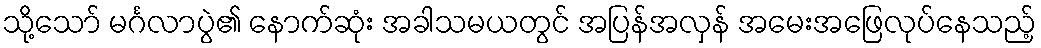
သို့သော် မင်္ဂလာပွဲ၏ နောက်ဆုံး အခါသမယတွင် အပြန်အလှန် အမေးအဖြေလုပ်နေသည့်